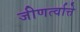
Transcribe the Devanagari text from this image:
जीणर्त्वात्ते